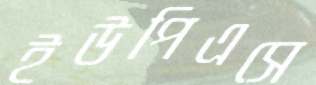
ইউপিএসে